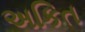
અકિત